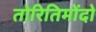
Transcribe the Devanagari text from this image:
तोरितिमोंदो